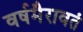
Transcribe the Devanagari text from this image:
वर्षमैरावतं